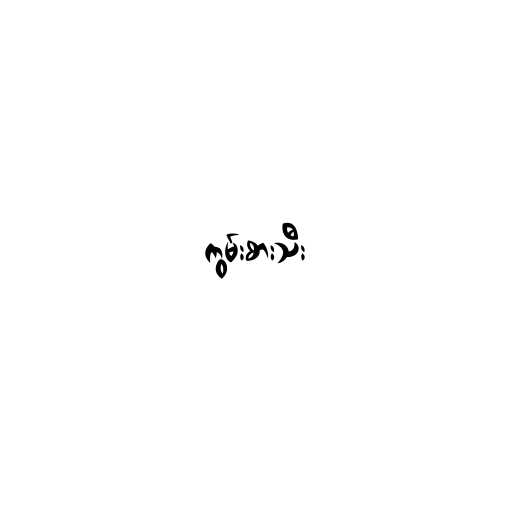
ကွမ်းစားသီး